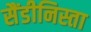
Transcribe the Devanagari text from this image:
सैंडीनिस्ता